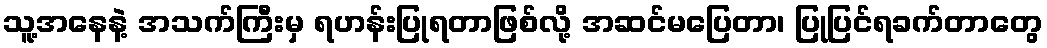
သူ့အနေနဲ့ အသက်ကြီးမှ ရဟန်းပြုရတာဖြစ်လို့ အဆင်မပြေတာ၊ ပြုပြင်ရခက်တာတွေ